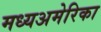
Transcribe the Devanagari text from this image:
मध्यअमेरिका